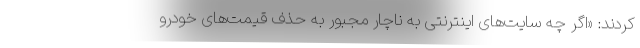
کردند: «اگر چه سایت‌های اینترنتی به ناچار مجبور به حذف قیمت‌های خودرو